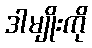
ဒါမျိုးကို